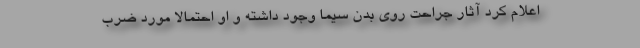
اعلام کرد آثار جراحت روی بدن سیما وجود داشته و او احتمالاً مورد ضرب